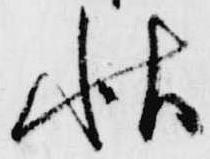
秋